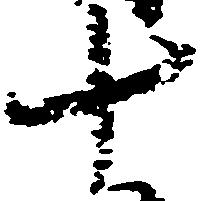
十